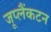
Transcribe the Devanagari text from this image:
जूप्लैंकटन